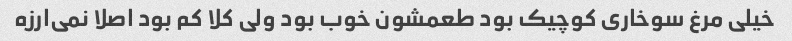
خیلی مرغ سوخاری کوچیک بود طعمشون خوب بود ولی کلا کم بود اصلا نمی‌ارزه